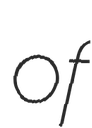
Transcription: of